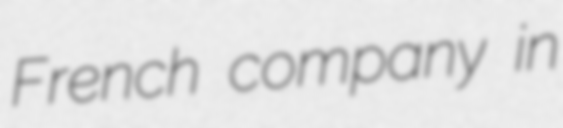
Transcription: French company in